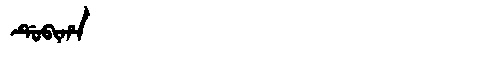
Manchu: ᡩᡠᠪᡳᡥᠠ
Romanization: DUBIHA